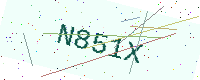
Text: N851X